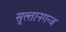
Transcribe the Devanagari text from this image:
सुल्तानगन्ज